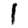
Digit: 1